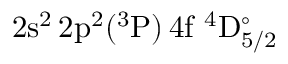
\mathrm { 2 s ^ { 2 } \, 2 p ^ { 2 } ( ^ { 3 } P ) \, 4 f ~ ^ { 4 } D _ { 5 / 2 } ^ { \circ } }